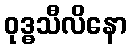
ဝုဒ္ဓသီလိနော